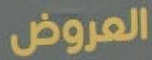
العروض